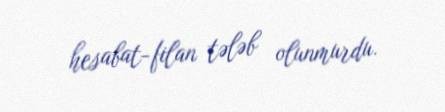
hesabat-filan tələb olunmurdu.